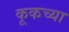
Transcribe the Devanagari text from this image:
कूकच्या